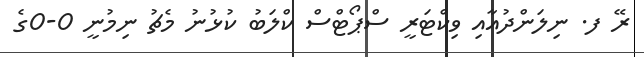
ރޭ ފ. ނިލަންދުއާއި ވިކްޓަރީ ސްޕޯޓްސް ކްލަބު ކުޅުނު މެޗު ނިމުނީ 0-0ގެ